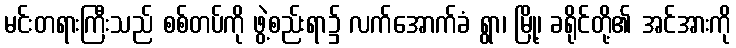
မင်းတရားကြီးသည် စစ်တပ်ကို ဖွဲ့စည်းရာ၌ လက်အောက်ခံ ရွာ၊ မြို့၊ ခရိုင်တို့၏ အင်အားကို